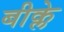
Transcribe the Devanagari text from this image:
बीक्ले